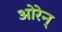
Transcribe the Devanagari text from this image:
ओरेन्